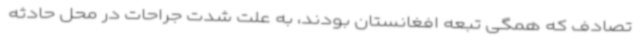
تصادف که همگی تبعه افغانستان بودند، به علت شدت جراحات در محل حادثه